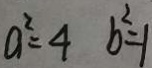
a ^ { 2 } = 4 b ^ { 2 } = 1